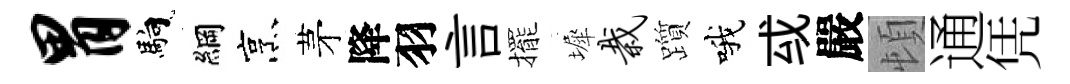
胃馿綱烹茅降羽言擺墀栽躓哦㦯嚴頓通凭